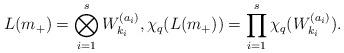
LaTeX: \begin{align*} L(m_+)=\bigotimes_{i=1}^s W_{k_i}^{(a_i)}, \chi_q(L(m_+))=\prod_{i=1}^s \chi_q(W_{k_i}^{(a_i)}).\end{align*}